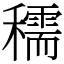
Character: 穤